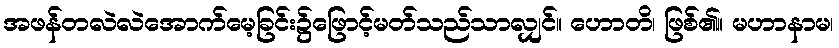
အဖန်တလဲလဲအောက်မေ့ခြင်း၌ဖြောင့်မတ်သည်သာလျှင်။ ဟောတိ၊ ဖြစ်၏။ မဟာနာမ၊